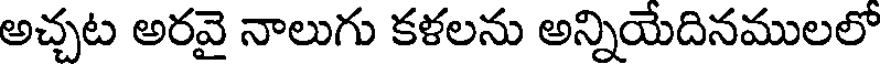
అచ్చట అరవై నాలుగు కళలను అన్నియేదినములలో